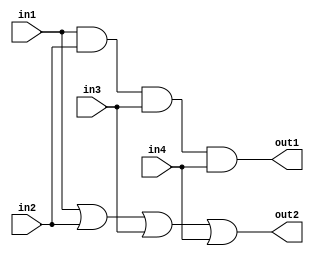
module mod_a (
    output   out1	,
    output   out2	,
    input    in1	,
    input    in2	,
    input    in3	,
    input    in4
);
    assign out1 = in1 & in2 & in3 & in4;    //
    assign out2 = in1 | in2 | in3 | in4;    //
endmodule

module top_module ( 
	input	a	,
    input	b	,
    input	c	,
    input	d	,
    output	out1,
    output	out2
);
	//Write your code here
    mod_a mod_a (
        .in1(a),
        .in2(b),
        .in3(c),
        .in4(d),
        .out1(out1),
        .out2(out2)
    );
endmodule